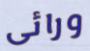
ورائى